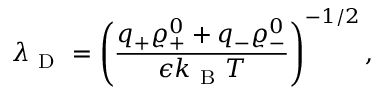
\lambda _ { \mathrm { ~ D ~ } } = \left( \frac { q _ { + } \varrho _ { + } ^ { 0 } + q _ { - } \varrho _ { - } ^ { 0 } } { \epsilon k _ { \mathrm { ~ B ~ } } T } \right) ^ { - 1 / 2 } ,